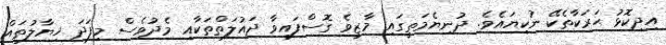
އިދިކޮޅު ޙަރަކާތެކޭ ނުކިޔައެވެ. ދުނިޔެމަތީގައި މާޒީވެ ގޮސްފައިވާ ދައުލަތްތަކާއި މެދުވެސް މިފަދަ ޚިޔާލުތައް